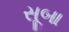
સૂબા